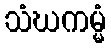
သံဃကမ္မံ